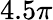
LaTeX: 4.5\pi